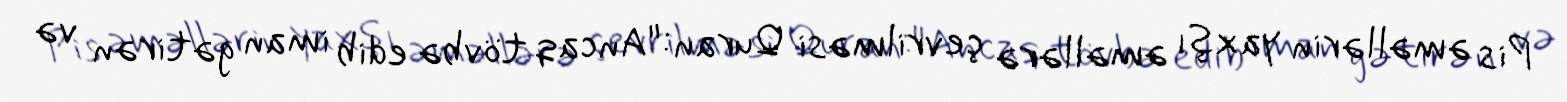
Pis əməllərin yaxşı əməllərə çevrilməsi Quran:"Ancaq tövbə edib iman gətirən və